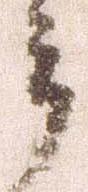
郎